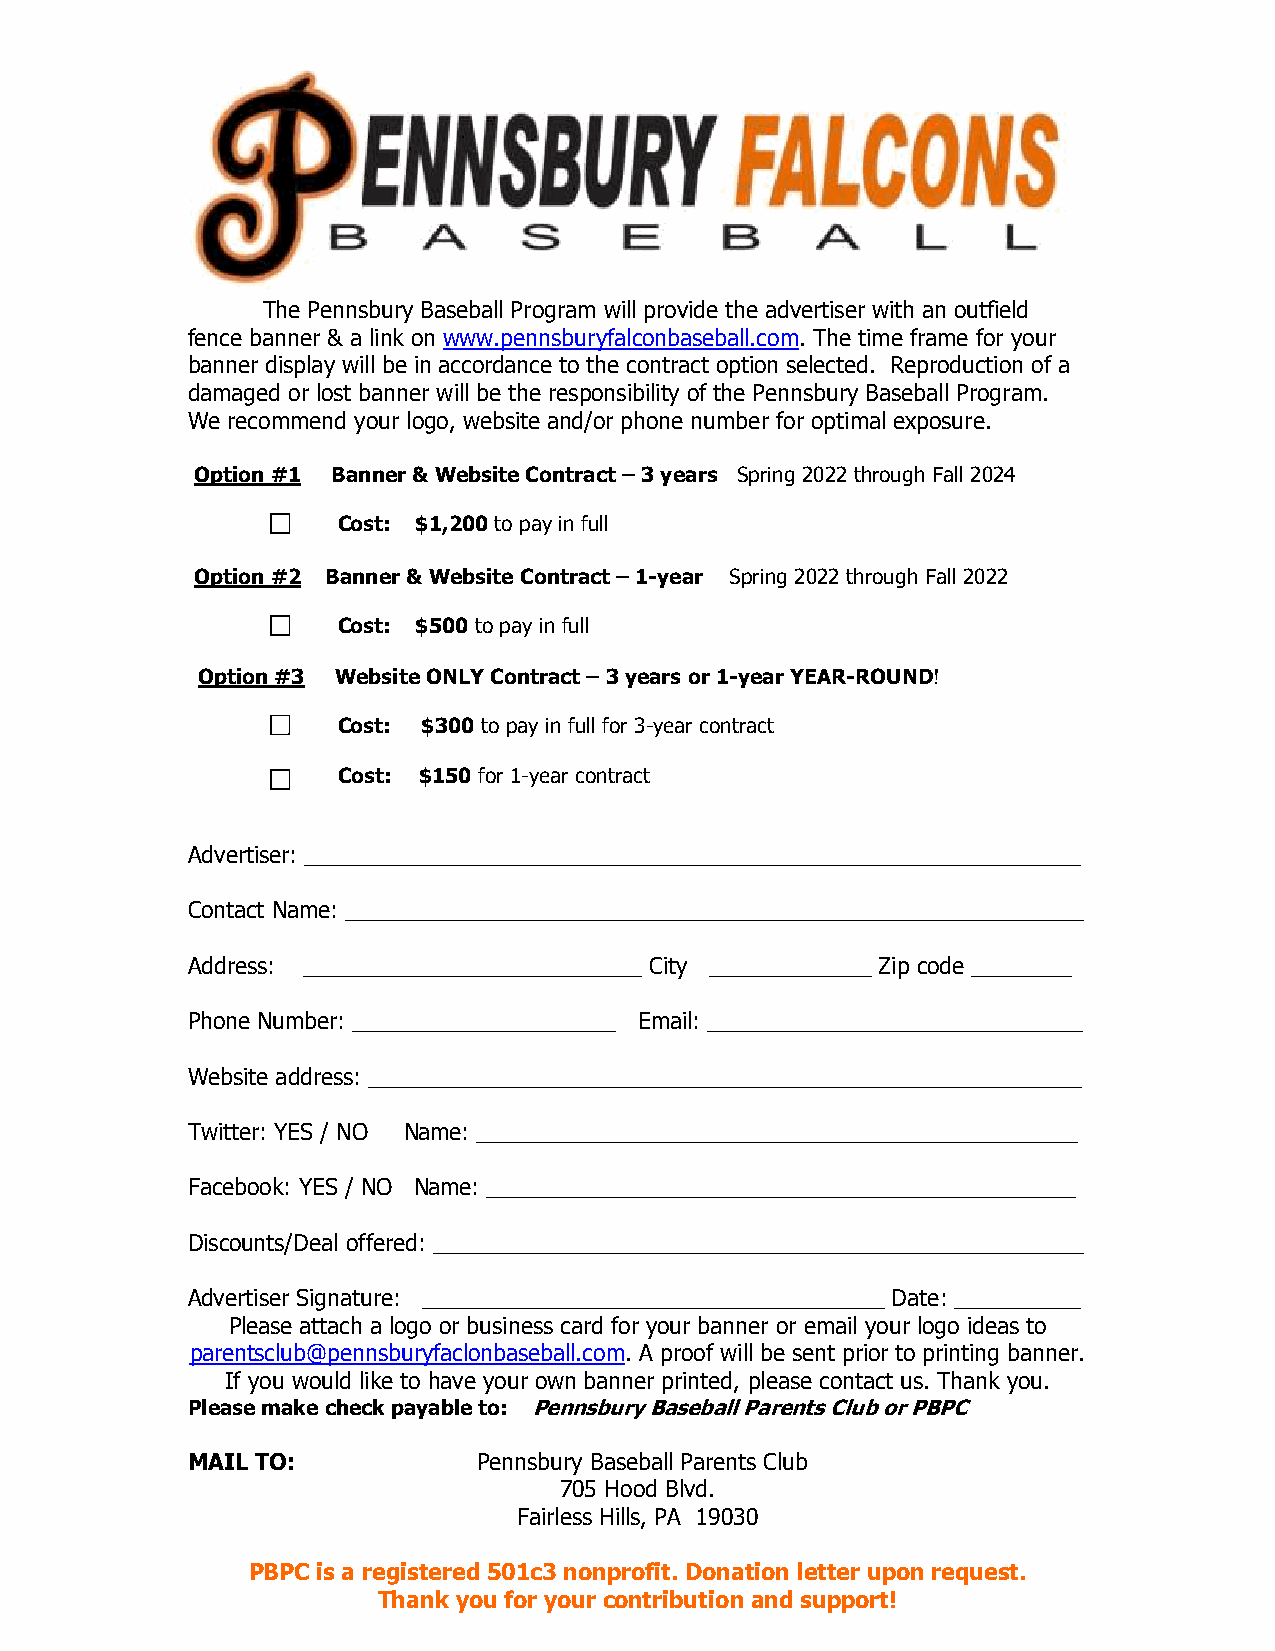
FENCE ADVERTISING  AGREEMENT  of SALE
 The Pennsbury Baseball Program will provide the advertiser with an outfield
 fence banner & a link on www.pennsburyfalconbaseball.com. The time frame for your
 banner display will be in accordance to the contract option selected. Reproduction of a
 damaged or lost banner will be the responsibility of the Pennsbury Baseball Program.
 We recommend your logo, website and/or phone number for optimal exposure.
 Option #1 Banner & Website Contract – 3 years Spring 2022 through Fall 2024
 Cost: $1,200 to pay in full
 Option #2 Banner & Website Contract – 1-year Spring 2022 through Fall 2022
 Cost: $500 to pay in full
 Option #3 Website ONLY Contract – 3 years or 1-year YEAR-ROUND!
 Cost: $300 to pay in full for 3-year contract
 Cost: $150 for 1-year contract
 Advertiser: ______________________________________________________________
 Contact Name: ___________________________________________________________
 Address: ___________________________ City _____________ Zip code ________
 Phone Number: _____________________ Email: ______________________________
 Website address: _________________________________________________________
 Twitter: YES / NO Name: ________________________________________________
 Facebook: YES / NO Name: _______________________________________________
 Discounts/Deal offered: ____________________________________________________
 Advertiser Signature: _____________________________________ Date: __________
 Please attach a logo or business card for your banner or email your logo ideas to
 parentsclub@pennsburyfaclonbaseball.com. A proof will be sent prior to printing banner.
 If you would like to have your own banner printed, please contact us. Thank you.
 Please make check payable to: Pennsbury Baseball Parents Club or PBPC
 MAIL TO:            Pennsbury Baseball Parents Club
 705 Hood Blvd.
 Fairless Hills, PA 19030
 PBPC is a registered 501c3 nonprofit. Donation letter upon request.
 Thank you for your contribution and support!